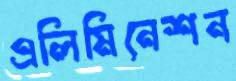
এলিমিনেশন